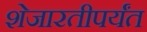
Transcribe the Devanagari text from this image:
शेजारतीपर्यंत